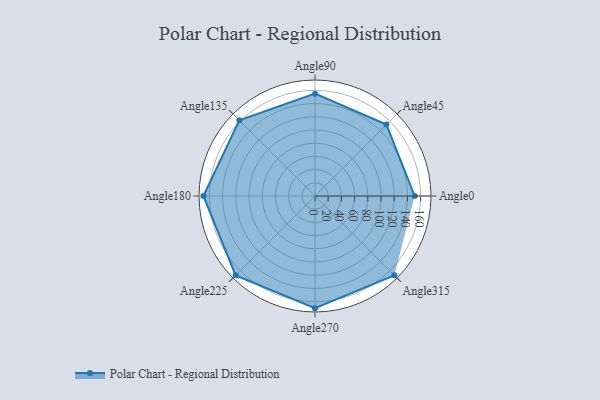
{"axis": {"x": "Angle", "y": "Radius"}, "legend": [""], "data": [{"x": "Angle0", "y": 151.0, "type": ""}, {"x": "Angle45", "y": 153.0, "type": ""}, {"x": "Angle90", "y": 155.0, "type": ""}, {"x": "Angle135", "y": 162.0, "type": ""}, {"x": "Angle180", "y": 169.0, "type": ""}, {"x": "Angle225", "y": 170, "type": ""}, {"x": "Angle270", "y": 170, "type": ""}, {"x": "Angle315", "y": 170, "type": ""}]}